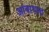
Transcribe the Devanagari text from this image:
आंबाघाट